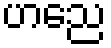
ဟညေ